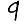
Digit: 9